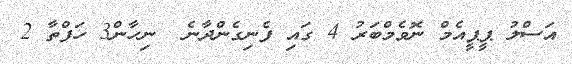
އަސްލު ޕީޕީއެމް ނޮވެމްބަރު 4 ގައި ފެނިގެންދާނެ  ނިހާން3 ހަފްތާ 2